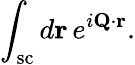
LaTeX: \int_{\mathrm{sc}}d\mathbf r\, e^{i\mathbf Q\cdot\mathbf r}.